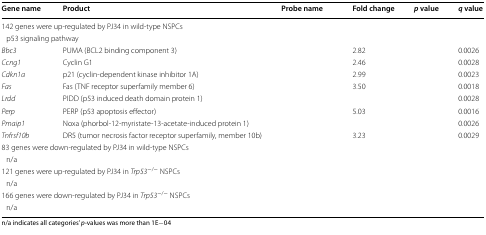
<table><thead><tr><td><b>Gene name</b></td><td><b>Product</b></td><td><b>Probe name</b></td><td><b>Fold change</b></td><td><b><i>p</i> value</b></td><td><b><i>q</i> value</b></td></tr></thead><tbody><tr><td colspan="6">142 genes were up-regulated by PJ34 in wild-type NSPCs</td></tr><tr><td colspan="6"> p53 signaling pathway</td></tr><tr><td><i>Bbc3</i></td><td>PUMA (BCL2 binding component 3)</td><td>[EMPTY_CELL]</td><td>2.82</td><td>[EMPTY_CELL]</td><td>0.0026</td></tr><tr><td><i>Ccng1</i></td><td>Cyclin G1</td><td>[EMPTY_CELL]</td><td>2.46</td><td>[EMPTY_CELL]</td><td>0.0028</td></tr><tr><td><i>Cdkn1a</i></td><td>p21 (cyclin-dependent kinase inhibitor 1A)</td><td>[EMPTY_CELL]</td><td>2.99</td><td>[EMPTY_CELL]</td><td>0.0023</td></tr><tr><td><i>Fas</i></td><td>Fas (TNF receptor superfamily member 6)</td><td>[EMPTY_CELL]</td><td>3.50</td><td>[EMPTY_CELL]</td><td>0.0018</td></tr><tr><td><i>Lrdd</i></td><td>PIDD (p53 induced death domain protein 1)</td><td>[EMPTY_CELL]</td><td>[EMPTY_CELL]</td><td>[EMPTY_CELL]</td><td>0.0028</td></tr><tr><td><i>Perp</i></td><td>PERP (p53 apoptosis effector)</td><td>[EMPTY_CELL]</td><td>5.03</td><td>[EMPTY_CELL]</td><td>0.0016</td></tr><tr><td><i>Pmaip1</i></td><td>Noxa (phorbol-12-myristate-13-acetate-induced protein 1)</td><td>[EMPTY_CELL]</td><td>[EMPTY_CELL]</td><td>[EMPTY_CELL]</td><td>0.0026</td></tr><tr><td><i>Tnfrsf10b</i></td><td>DR5 (tumor necrosis factor receptor superfamily, member 10b)</td><td>[EMPTY_CELL]</td><td>3.23</td><td>[EMPTY_CELL]</td><td>0.0029</td></tr><tr><td colspan="6">83 genes were down-regulated by PJ34 in wild-type NSPCs</td></tr><tr><td colspan="6"> n/a</td></tr><tr><td colspan="6">121 genes were up-regulated by PJ34 in <i>Trp53</i><sup>−/−</sup> NSPCs</td></tr><tr><td colspan="6"> n/a</td></tr><tr><td colspan="6">166 genes were down-regulated by PJ34 in <i>Trp53</i><sup>−/−</sup> NSPCs</td></tr><tr><td colspan="6"> n/a</td></tr></tbody></table>